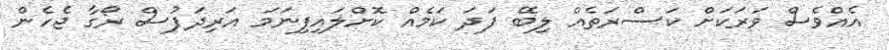
އެއްވެސް ވަރަކަށް ކަސްރަތެއް ލިބޭ ފަދަ ކަމެއް ކޮށްލައިފިނަމަ އަރިދަފުސް ރޯގާ ޖެހެން